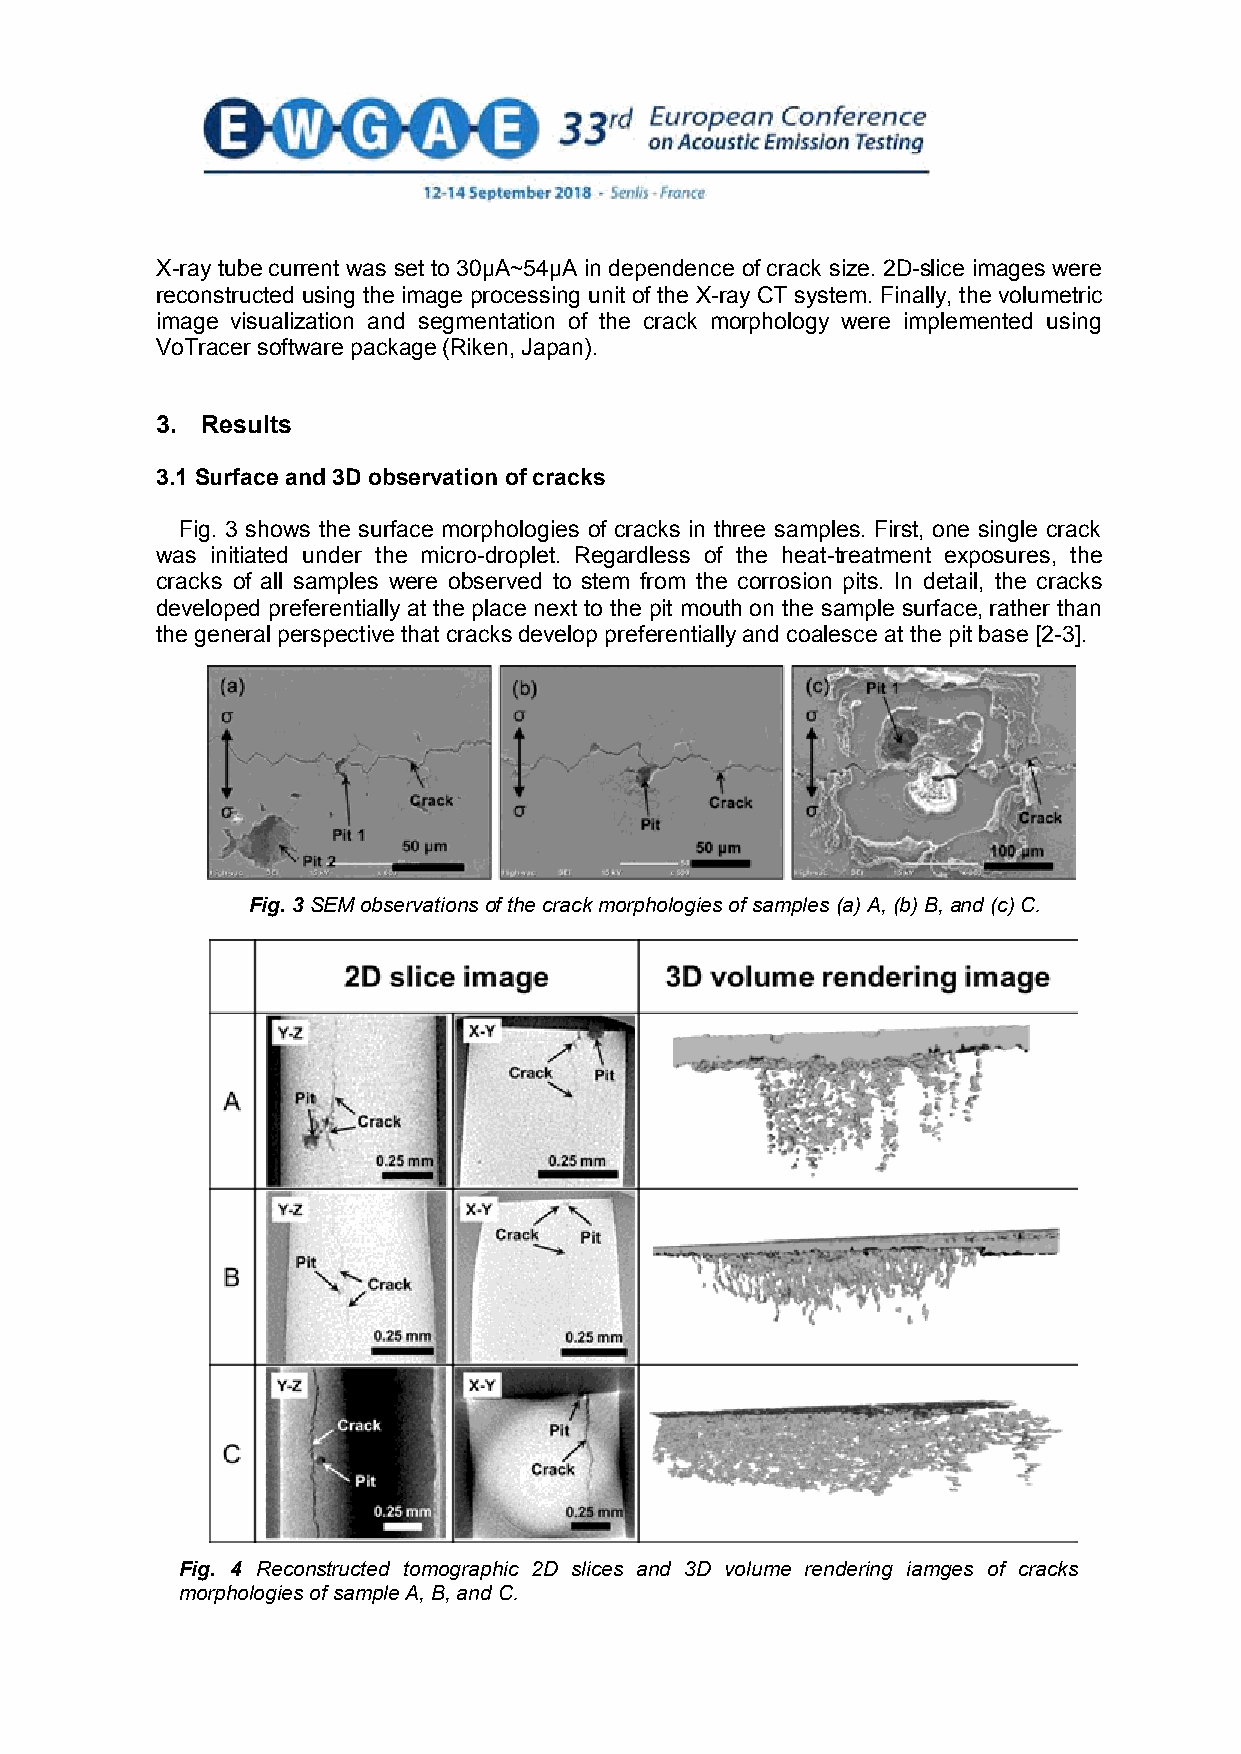
X-ray tube current was set to 30μA~54μA in dependence of crack size. 2D-slice images were
 reconstructed using the image processing unit of the X-ray CT system. Finally, the volumetric
 image visualization and segmentation of the crack morphology were implemented using
 VoTracer software package (Riken, Japan).
 3. Results
 3.1 Surface and 3D observation of cracks
 Fig. 3 shows the surface morphologies of cracks in three samples. First, one single crack
 was initiated under the micro-droplet. Regardless of the heat-treatment exposures, the
 cracks of all samples were observed to stem from the corrosion pits. In detail, the cracks
 developed preferentially at the place next to the pit mouth on the sample surface, rather than
 the general perspective that cracks develop preferentially and coalesce at the pit base [2-3].
 Fig. 3 SEM observations of the crack morphologies of samples (a) A, (b) B, and (c) C.
 Fig. 4 Reconstructed tomographic 2D slices and 3D volume rendering iamges of cracks
 morphologies of sample A, B, and C.
 4